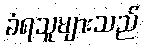
ခံရသူများသည်